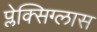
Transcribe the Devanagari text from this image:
प्लेक्सिग्लास